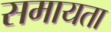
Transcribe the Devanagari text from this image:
समायता